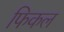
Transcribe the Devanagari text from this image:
फिकल